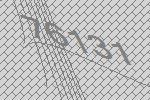
76131